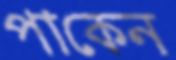
পাকেন